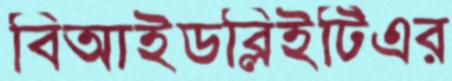
বিআইডব্লিইটিএর